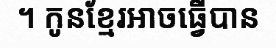
។ កូនខ្មែរអាចធ្វើបាន